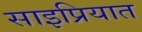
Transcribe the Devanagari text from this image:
साइप्रियात